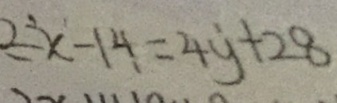
2 x - 1 4 = 4 y + 2 8